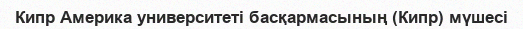
Кипр Америка университеті басқармасының (Кипр) мүшесі